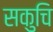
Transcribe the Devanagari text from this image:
सकुचि